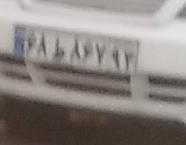
۶۸ط۸۶۷۹۲